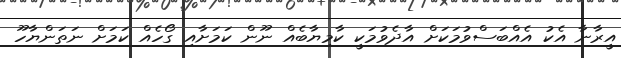
އީރާނާ އެކު އެއްބަސްވުމަކަށް އާދެވުމަކީ ކާމިޔާބެއް ނޫން ކަމަށާއި ގޯހެއް ކަމަށް ނަތަންޔާހޫ